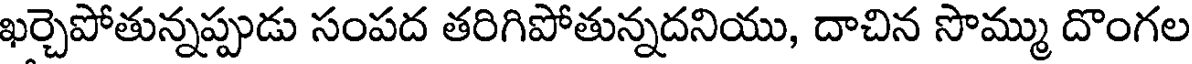
ఖర్చెపోతున్నప్పుడు సంపద తరిగిపోతున్నదనియు, దాచిన సొమ్ము దొంగల